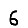
Digit: 6